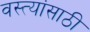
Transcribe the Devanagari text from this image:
वस्त्यांसाठी